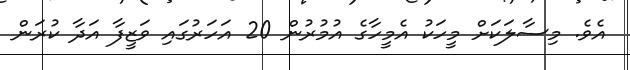
އެވެ. މިސާލަކަށް މީހަކު އެމީހާގެ އުމުރުން 20 އަހަރުގައި ވަޒީފާ އަދާ ކުރަން